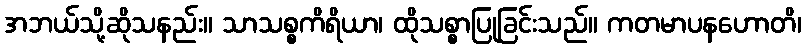
အဘယ်သို့ဆိုသနည်း။ သာသစ္စကိရိယာ၊ ထိုသစ္စာပြုခြင်းသည်။ ကတမာပနဟောတိ၊